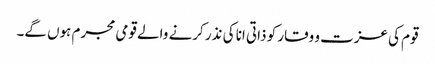
قوم کی عزت و وقار کو ذاتی انا کی نذر کرنے والے قومی مجرم ہوں گے۔